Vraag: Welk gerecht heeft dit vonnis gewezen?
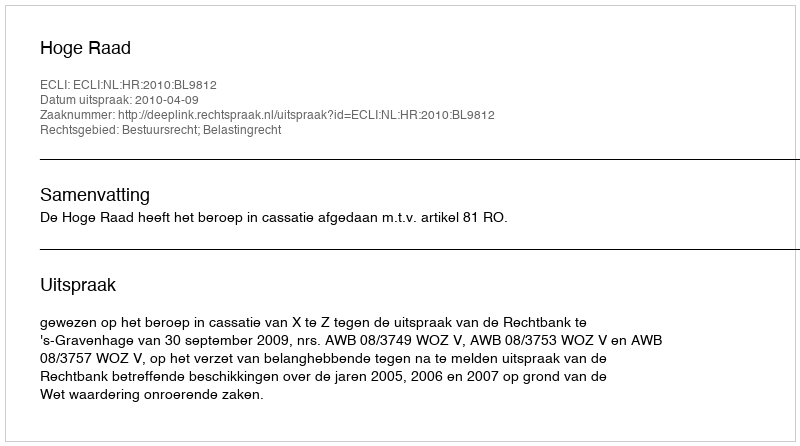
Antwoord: Hoge Raad